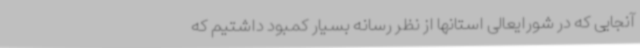
آنجایی که در شورایعالی استانها از نظر رسانه بسیار کمبود داشتیم که